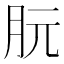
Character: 朊